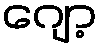
ဂျော့